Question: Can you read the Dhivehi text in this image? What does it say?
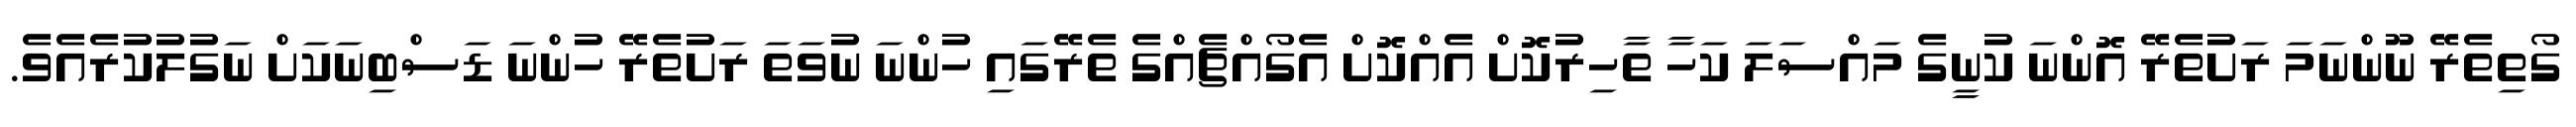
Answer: ގޯތިތެރޭ ނޫންނަމަ ރަށުތެރޭ އޮންނަ ކުނީގެ މައްސަލަ ކަހާ ތާހިރުކޮށް އެއްކޮށް އެގޯއްޗެއްގެ ތެރޭގައި ހުންނަ ނުވަތަ ރަށުތެރޭ ހުންނަ ޑަސްބިނަކަށް ނަގުލުކުރެއެވެ.